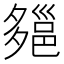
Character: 郺